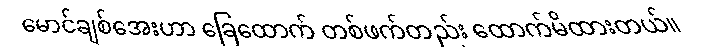
မောင်ချစ်အေးဟာ ခြေထောက် တစ်ဖက်တည်း ထောက်မိထားတယ်။